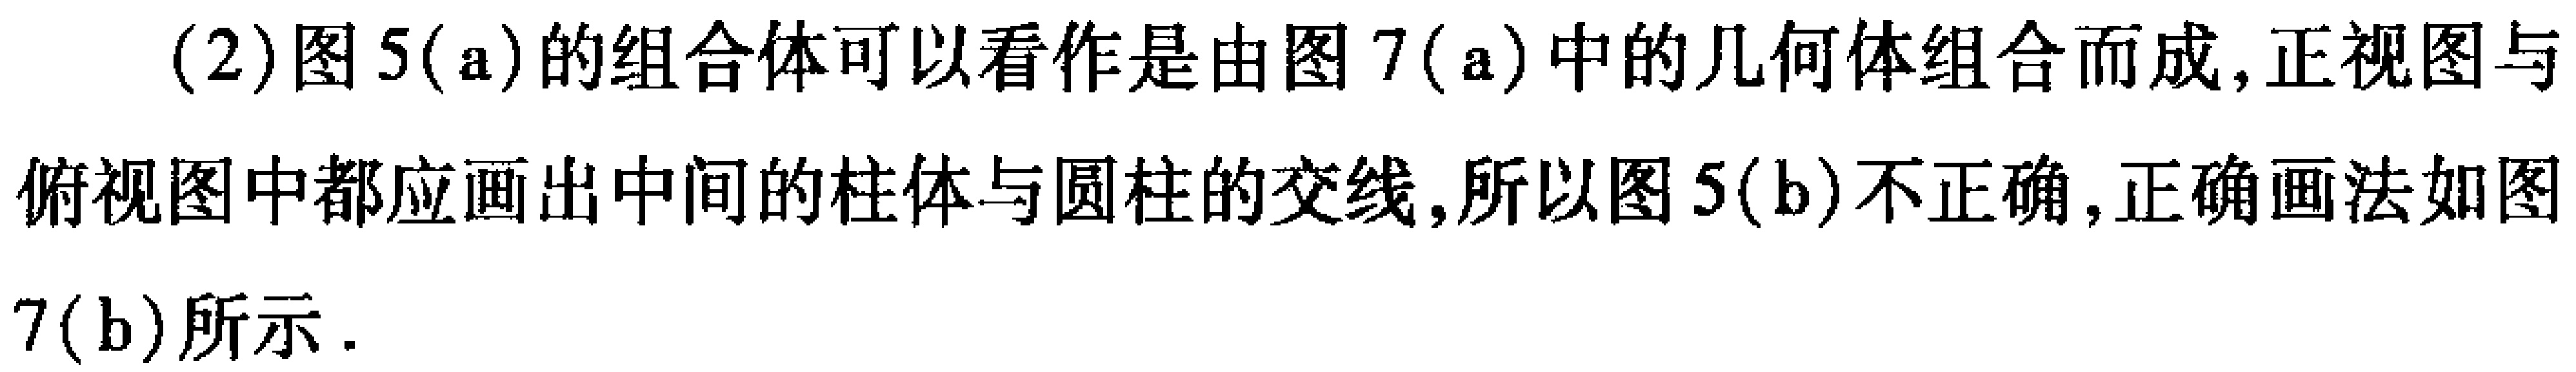
(2)图5(a)的组合体可以看作是由图7(a)中的几何体组合而成,正视图与俯视图中都应画出中间的柱体与圆柱的交线,所以图5(b)不正确,正确画法如图7(b)所示.